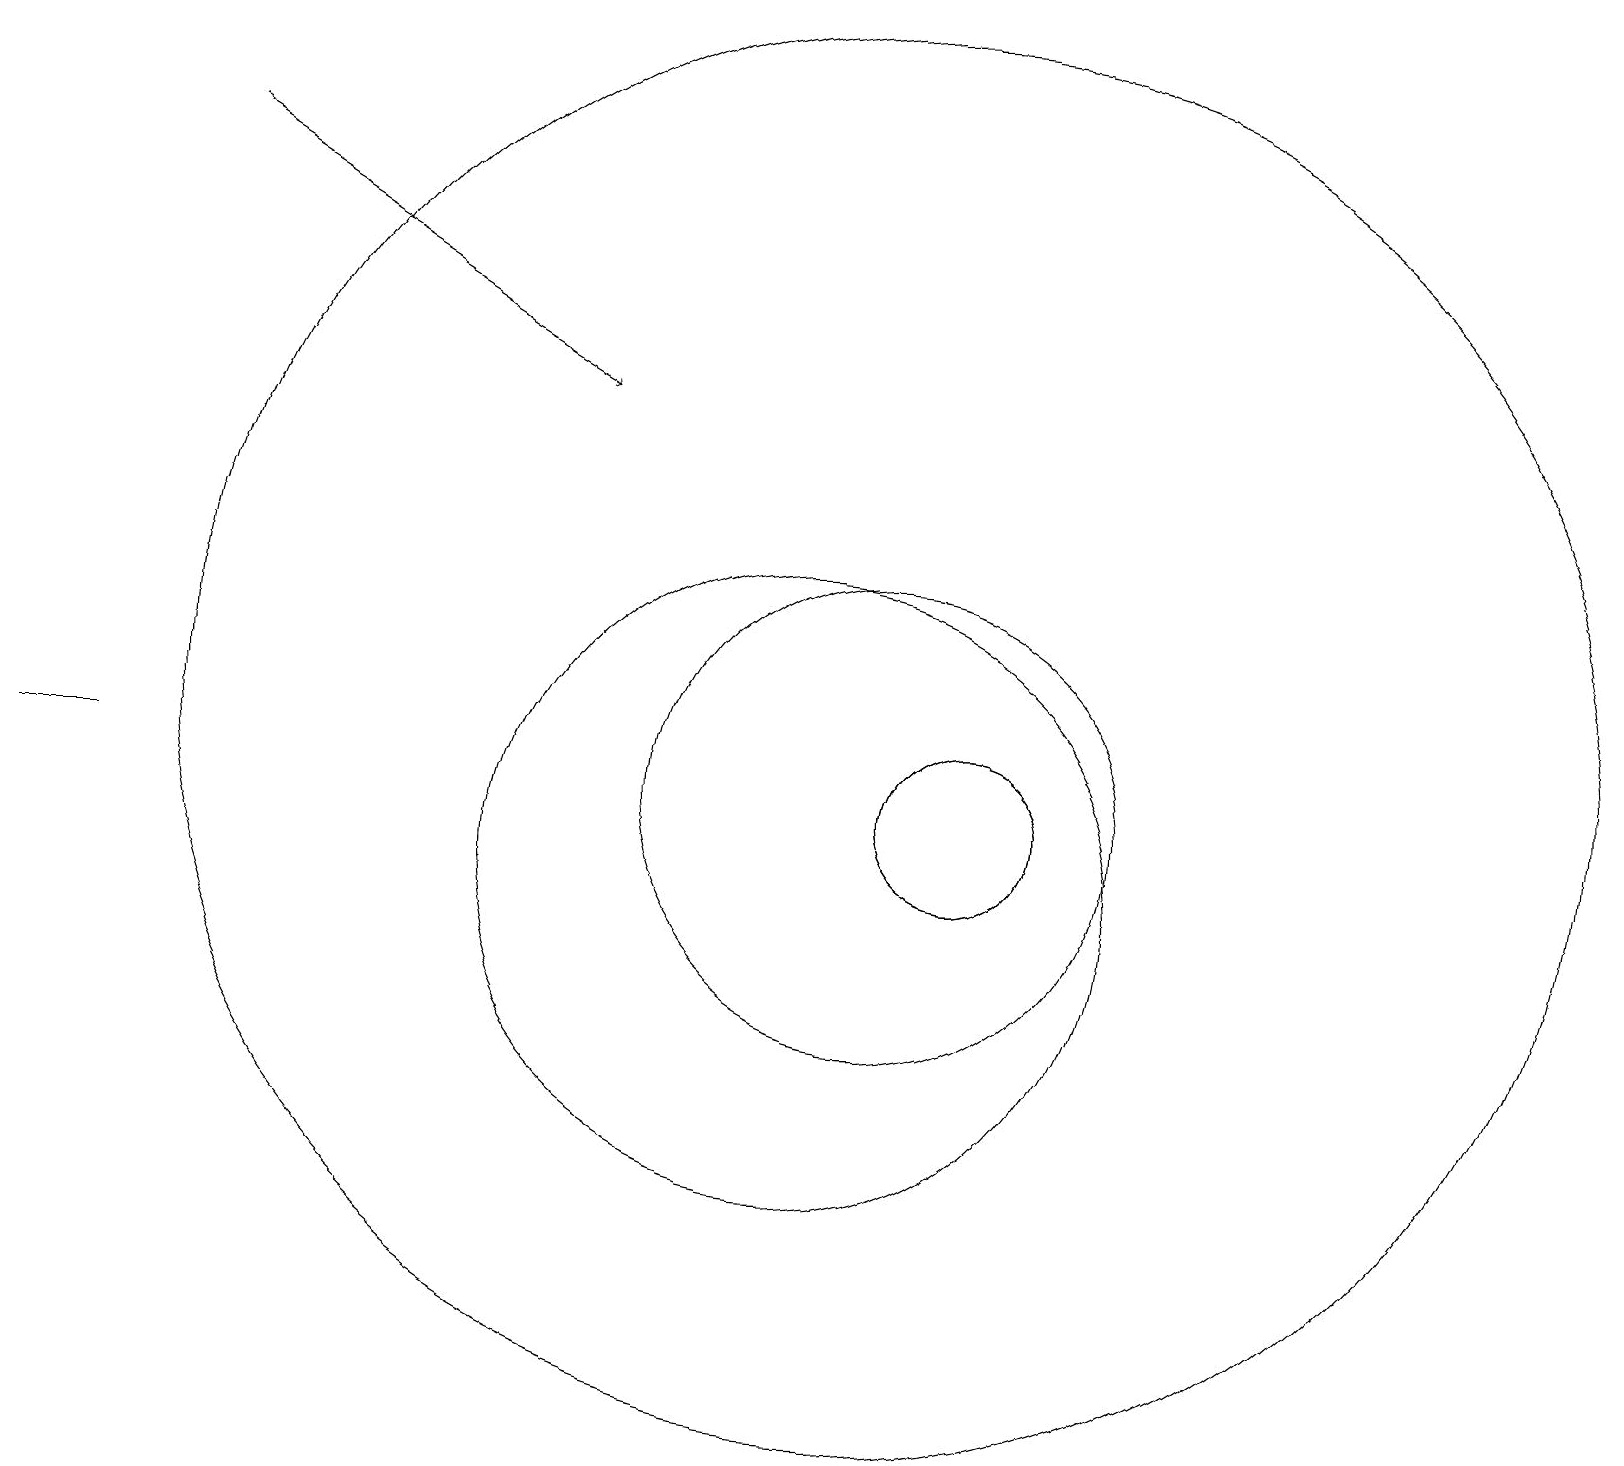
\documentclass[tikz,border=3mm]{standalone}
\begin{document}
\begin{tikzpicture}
\draw (1,11) rectangle (0,11);
\draw (11,12) circle (9);
\draw (12,11) circle (1);
\draw (11,11) circle (3);
\draw (10,10) circle (4);
\draw (12,11) circle (1);
\draw[->] (2,19) -- (7,16);
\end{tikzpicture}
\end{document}